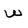
Character: W